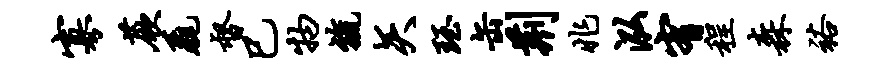
寡蕨毳督巳物旒矢珏缶荆兆泓宥程森裕